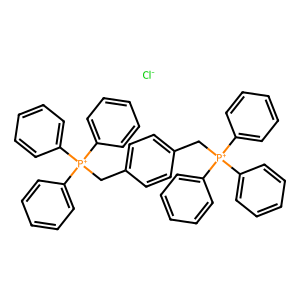
SMILES: [Cl-].c1ccc([P+](Cc2ccc(C[P+](c3ccccc3)(c3ccccc3)c3ccccc3)cc2)(c2ccccc2)c2ccccc2)cc1
Inhibits HIV replication: Yes